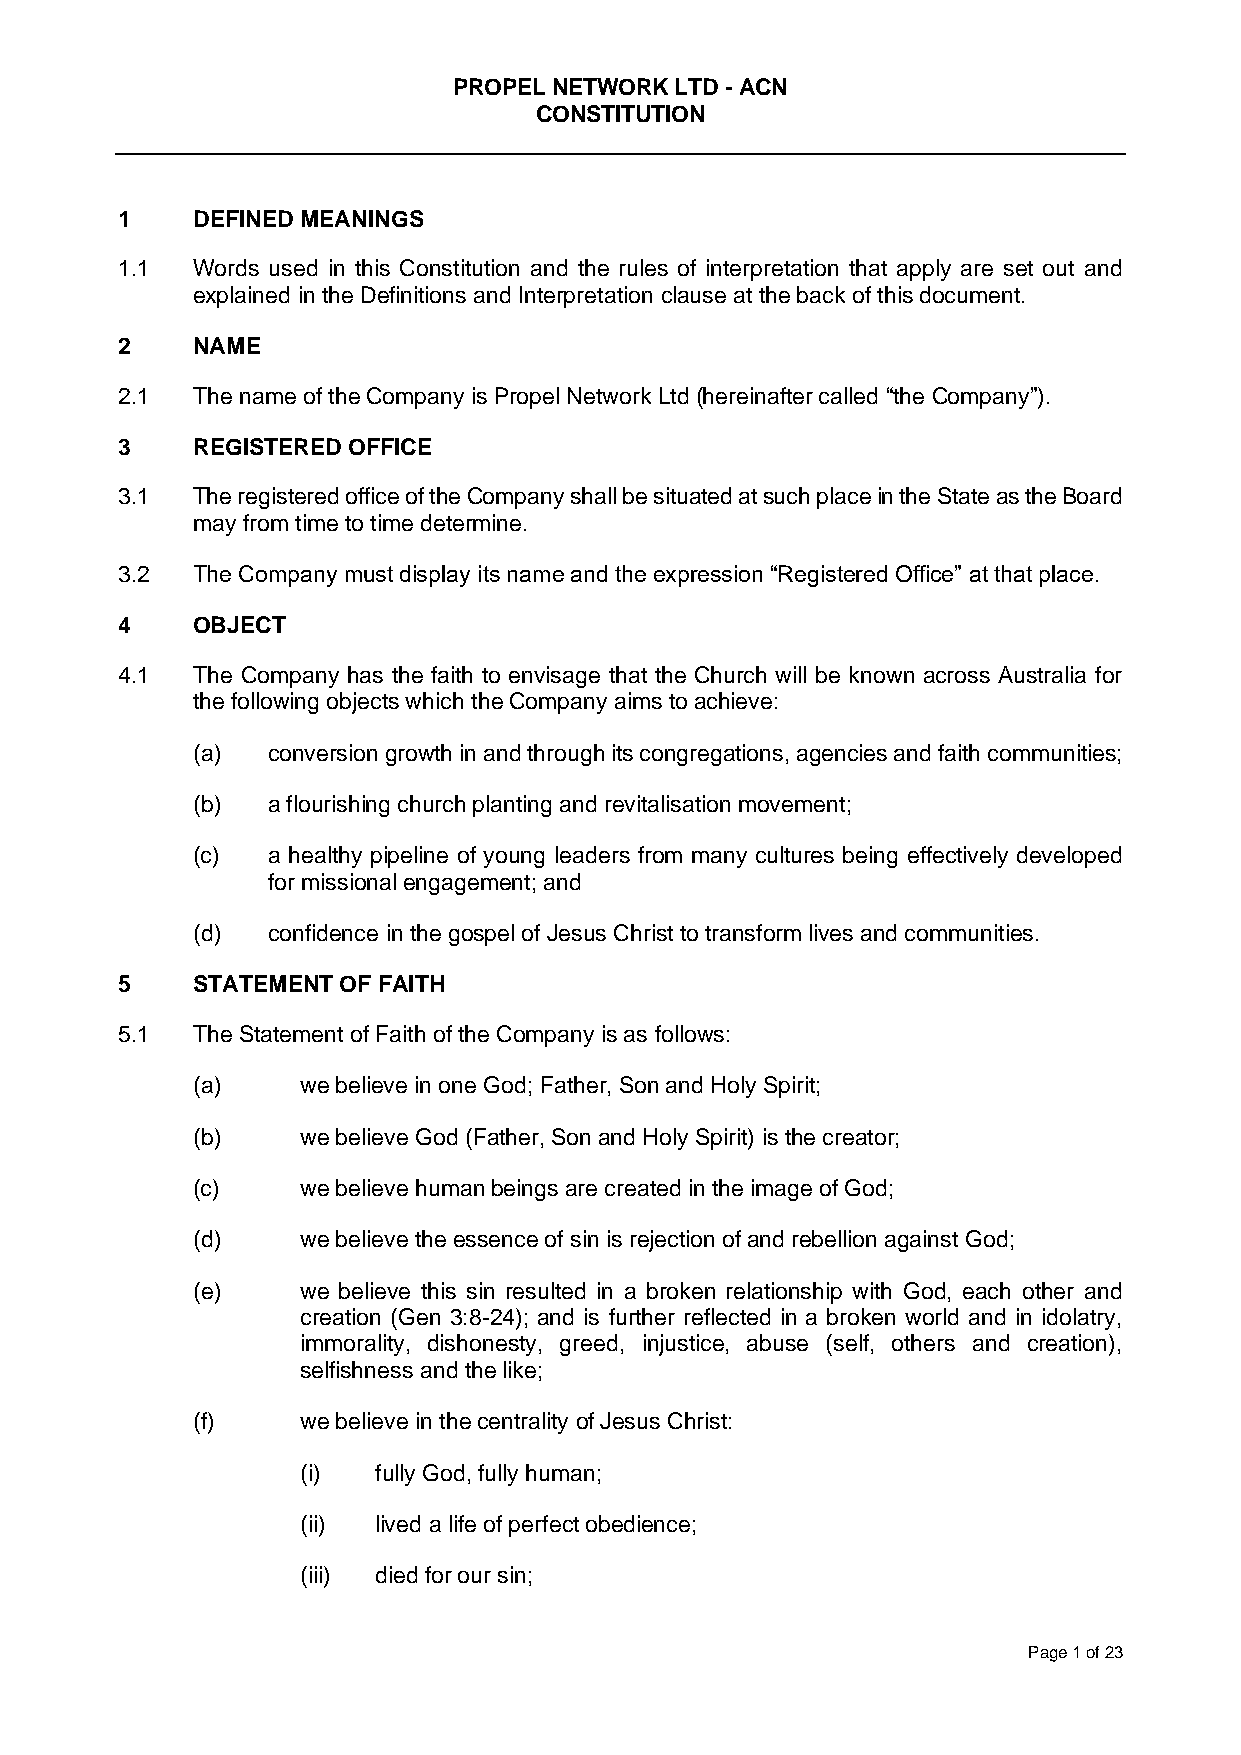
PROPEL NETWORK LTD - ACN
 CONSTITUTION
 1    DEFINED MEANINGS
 1.1  Words used in this Constitution and the rules of interpretation that apply are set out and
 explained in the Definitions and Interpretation clause at the back of this document.
 2    NAME
 2.1  The name of the Company is Propel Network Ltd (hereinafter called “the Company”).
 3    REGISTERED OFFICE
 3.1  The registered office of the Company shall be situated at such place in the State as the Board
 may from time to time determine.
 3.2  The Company must display its name and the expression “Registered Office” at that place.
 4    OBJECT
 4.1  The Company has the faith to envisage that the Church will be known across Australia for
 the following objects which the Company aims to achieve:
 (a)  conversion growth in and through its congregations, agencies and faith communities;
 (b)  a flourishing church planting and revitalisation movement;
 (c)  a healthy pipeline of young leaders from many cultures being effectively developed
 for missional engagement; and
 (d)  confidence in the gospel of Jesus Christ to transform lives and communities.
 5    STATEMENT OF FAITH
 5.1  The Statement of Faith of the Company is as follows:
 (a)    we believe in one God; Father, Son and Holy Spirit;
 (b)    we believe God (Father, Son and Holy Spirit) is the creator;
 (c)    we believe human beings are created in the image of God;
 (d)    we believe the essence of sin is rejection of and rebellion against God;
 (e)    we believe this sin resulted in a broken relationship with God, each other and
 creation (Gen 3:8-24); and is further reflected in a broken world and in idolatry,
 immorality, dishonesty, greed, injustice, abuse (self, others and creation),
 selfishness and the like;
 (f)    we believe in the centrality of Jesus Christ:
 (i)  fully God, fully human;
 (ii) lived a life of perfect obedience;
 (iii) died for our sin;
 Page 1 of 23